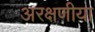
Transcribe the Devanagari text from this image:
अरक्षणीया